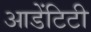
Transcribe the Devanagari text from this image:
आडेंटिटी